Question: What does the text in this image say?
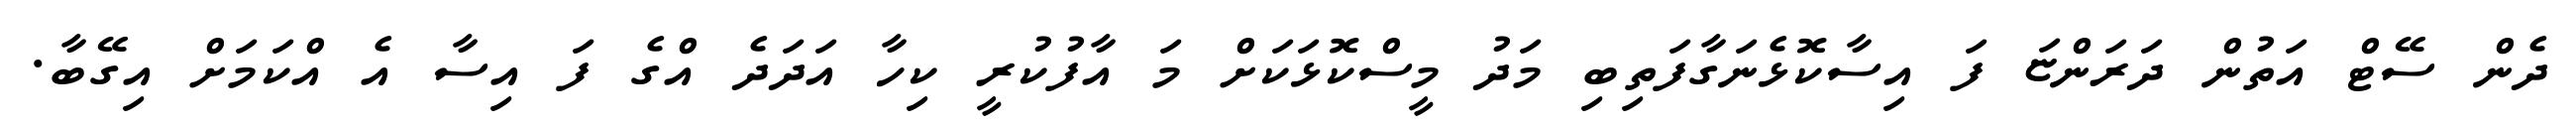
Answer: ދެން ސޭޓް އަތުން ދަރަންޏަ ފަ އިސާކޮޅެނަގާފަތިބި މަދު މީސްކޮޅަކަށް މަ އާފުކުރީ ކިހާ އަދަދެ އްގެ ފަ އިސާ އެ އްކަމަށް އިގޭބާ.